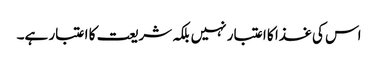
اس کی غذا کا اعتبار نہیں بلکہ شریعت کا اعتبار ہے۔